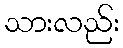
သားလည်း